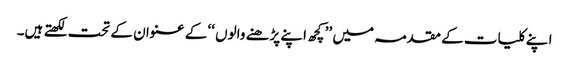
ا پنے کلیات کے مقدمہ میں ’’ کچھ اپنے پڑھنے والوں ‘‘ کے عنوان کے تحت لکھتے ہیں۔